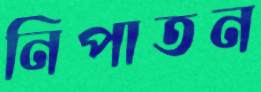
নিপাতন